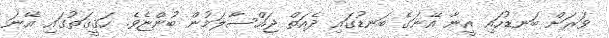
ވަރަށް ބަނޑުހައި އީނާ އޭނަގެ ބަނޑުގައި ދެއަތް ޖައްސާލަމުން ބުންޏެވެ. ހަޤީޤަތުގައި އޭނަ